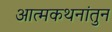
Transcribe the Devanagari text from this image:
आत्मकथनांतुन